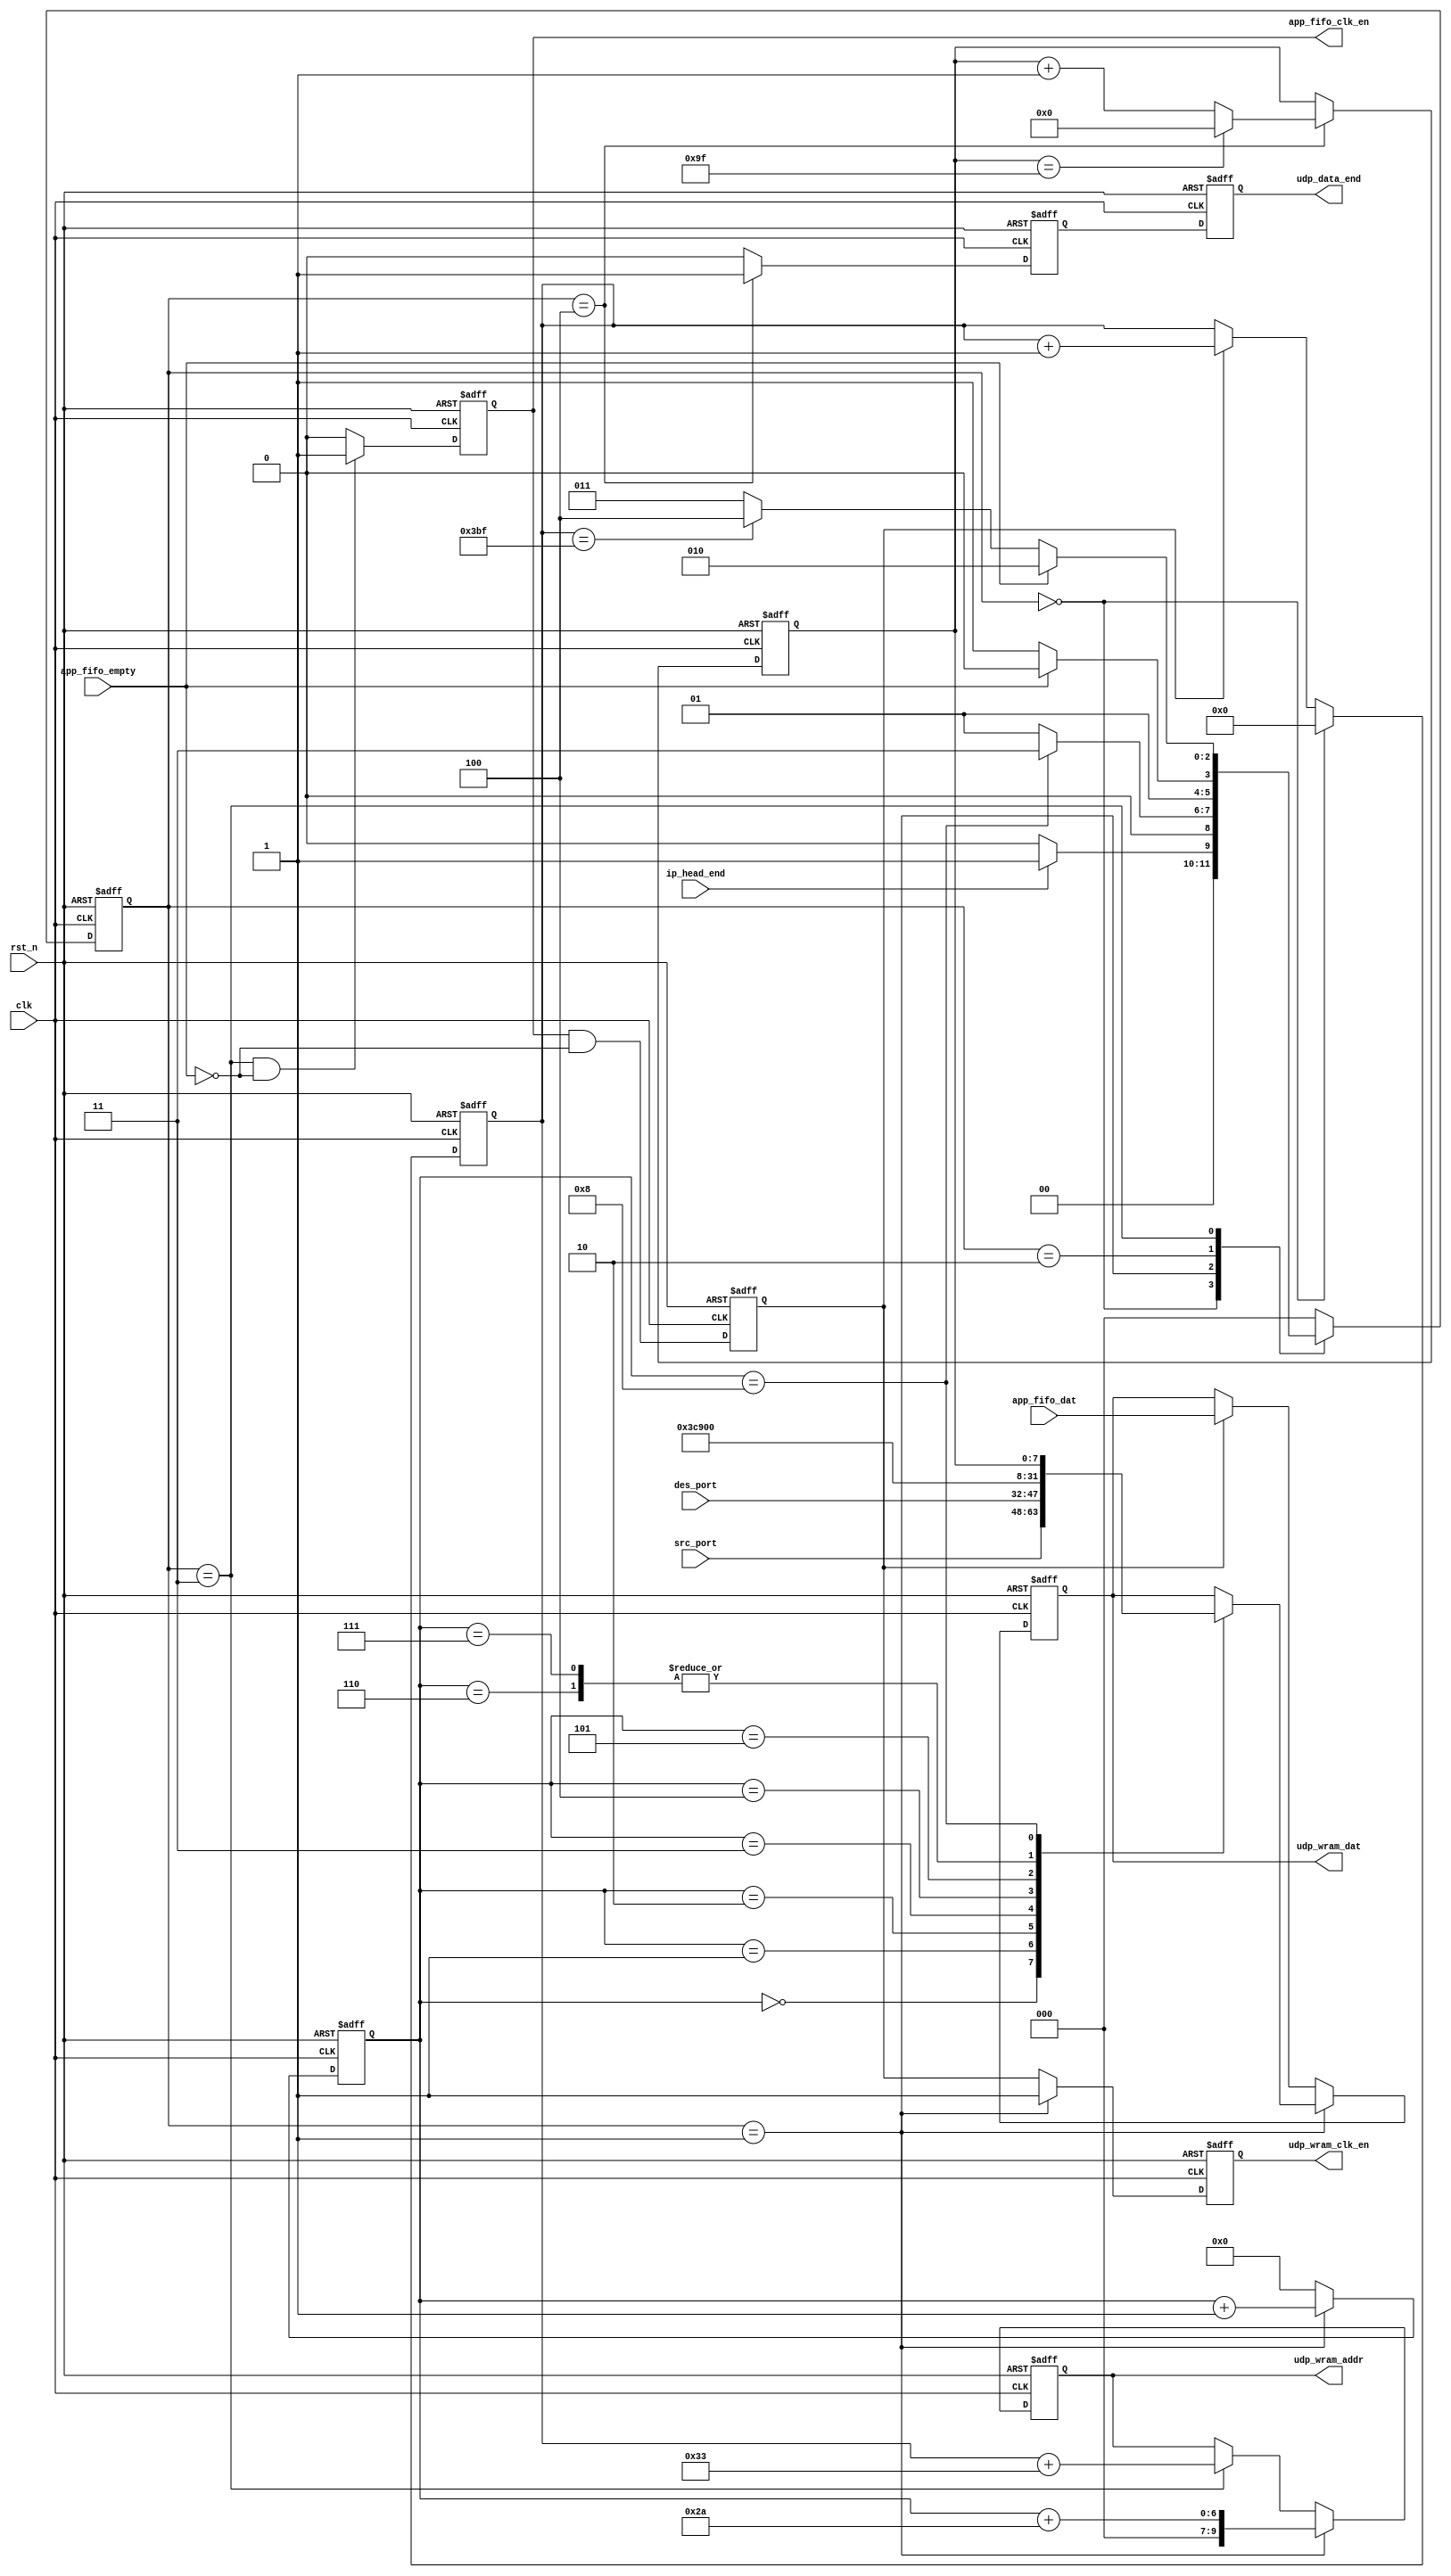
//
// |   | 0~15     | 16~31    |
// | 0 | src port | des port |
// |---+----------+----------|
// | 1 | len      | checksum |
// |---+---------------------|
// | 2 |        data         |
// |---+---------------------|
// | 3 | ...                 |
//
// src port :
// des port :
// len      : head + data
// checksum : (optional) head + data
// 

module udp_pack
  (
   input wire 	     clk,
   input wire 	     rst_n,

   //config
   input wire [15:0] src_port,
   input wire [15:0] des_port,

   //control
   input wire 	     ip_head_end,
   output reg 	     udp_data_end,

   //from app. layer fifo
   input wire 	     app_fifo_empty,
   output reg 	     app_fifo_clk_en,
   input wire [7:0]  app_fifo_dat,
   
   //to buffer RAM
   output reg 	     udp_wram_clk_en,
   output reg [9:0]  udp_wram_addr,
   output reg [7:0]  udp_wram_dat
   
   );

  //
  parameter IDLE = 3'd0;
  parameter HEAD = 3'd1;
  parameter WAIT = 3'd2;
  parameter DATA  = 3'd3;
  parameter DONE = 3'd4;
  
  reg [2:0] 	     udp_cs;
  reg [2:0] 	     udp_ns;

  reg [3:0] 	     udp_head_cnt;
  reg [9:0] 	     udp_data_cnt;
  reg		     app_fifo_dat_en;
  reg [7:0] 	     id_cnt;
  
  always@(posedge clk, negedge rst_n)
    if(!rst_n)
      udp_cs <= IDLE;
    else
      udp_cs <= udp_ns;

  always@(*)
    case(udp_cs)
      IDLE:
	if(ip_head_end)udp_ns = HEAD;
	else udp_ns = IDLE;
      HEAD:
	if(udp_head_cnt == 4'd8)udp_ns = DATA;
	else udp_ns = HEAD;
      WAIT:
	if(!app_fifo_empty)udp_ns = DATA;
	else udp_ns = WAIT;
      DATA:
	if(app_fifo_empty)udp_ns = WAIT;
	else if(udp_data_cnt == 10'd959)udp_ns = DONE;
	else udp_ns = DATA;
      DONE:
	udp_ns = IDLE;
      default:
	udp_ns = IDLE;
    endcase

  //head, data counter
  always@(posedge clk, negedge rst_n)
    if(!rst_n)
      udp_head_cnt <= 4'd0;
    else if(udp_cs == HEAD)
      udp_head_cnt <= udp_head_cnt + 1'b1;
    else
      udp_head_cnt <= 4'd0;
  
  always@(posedge clk, negedge rst_n)
    if(!rst_n)
      app_fifo_dat_en <= 1'b0;
    else
      app_fifo_dat_en <= app_fifo_clk_en && !app_fifo_empty;

  //assign app_fifo_dat_en = app_fifo_clk_en && !app_fifo_empty;
  
  always@(posedge clk, negedge rst_n)
    if(!rst_n)
      udp_data_cnt <= 10'd0;
    //else if(app_fifo_dat_en)
    else if(udp_cs == IDLE)
      udp_data_cnt <= 10'd0;
    else if(app_fifo_dat_en)
      udp_data_cnt <= udp_data_cnt + 1'b1;
  
  //get data from appfifo
  always@(posedge clk, negedge rst_n)
    if(!rst_n)
      app_fifo_clk_en <= 1'b0;
    else if(udp_cs == DATA && !app_fifo_empty)
      app_fifo_clk_en <= 1'b1;
    else
      app_fifo_clk_en <= 1'b0;

  //put data to RAM
  always@(posedge clk, negedge rst_n)
    if(!rst_n)
      udp_wram_clk_en <= 1'b0;
    else if(udp_cs == HEAD)
      udp_wram_clk_en <= 1'b1;
    else
      udp_wram_clk_en <= app_fifo_dat_en;

  always@(posedge clk, negedge rst_n)
    if(!rst_n)
      udp_wram_addr <= 10'd0;
    else if(udp_cs == HEAD)
      udp_wram_addr <= udp_head_cnt + 42;
    else if(udp_cs == DATA)
      udp_wram_addr <= udp_data_cnt + 51;

  always@(posedge clk, negedge rst_n)
    if(!rst_n)
      udp_wram_dat <= 8'h00;
    else if(udp_cs == HEAD)
      case(udp_head_cnt)
	4'd0: udp_wram_dat <= src_port[15:8];
	4'd1: udp_wram_dat <= src_port[7:0];
	4'd2: udp_wram_dat <= des_port[15:8];
	4'd3: udp_wram_dat <= des_port[7:0];
	4'd4: udp_wram_dat <= 8'h03;
	4'd5: udp_wram_dat <= 8'hc9;
	4'd6: udp_wram_dat <= 8'h00; //uncheck sum
	4'd7: udp_wram_dat <= 8'h00; //uncheck sum
	4'd8: udp_wram_dat <= id_cnt;
      endcase
    else if(app_fifo_dat_en)
      udp_wram_dat <= app_fifo_dat;

  reg 		     udp_data_end_tmp;
  always@(posedge clk, negedge rst_n)
    if(!rst_n)
      udp_data_end_tmp <= 1'b0;
    else if(udp_cs == DONE)
      udp_data_end_tmp <= 1'b1;
    else
      udp_data_end_tmp <= 1'b0;

  always@(posedge clk, negedge rst_n)
    if(!rst_n)
      udp_data_end <= 1'b0;
    else
      udp_data_end <= udp_data_end_tmp;

  //id_cnt
  always@(posedge clk, negedge rst_n)
    if(!rst_n)
      id_cnt <= 8'd0;
    else if(udp_cs == DONE)
      begin
	if(id_cnt == 8'd159)
	  id_cnt <= 8'd0;
	else
	  id_cnt <= id_cnt + 1'b1;
      end

      
endmodule // udp_pack